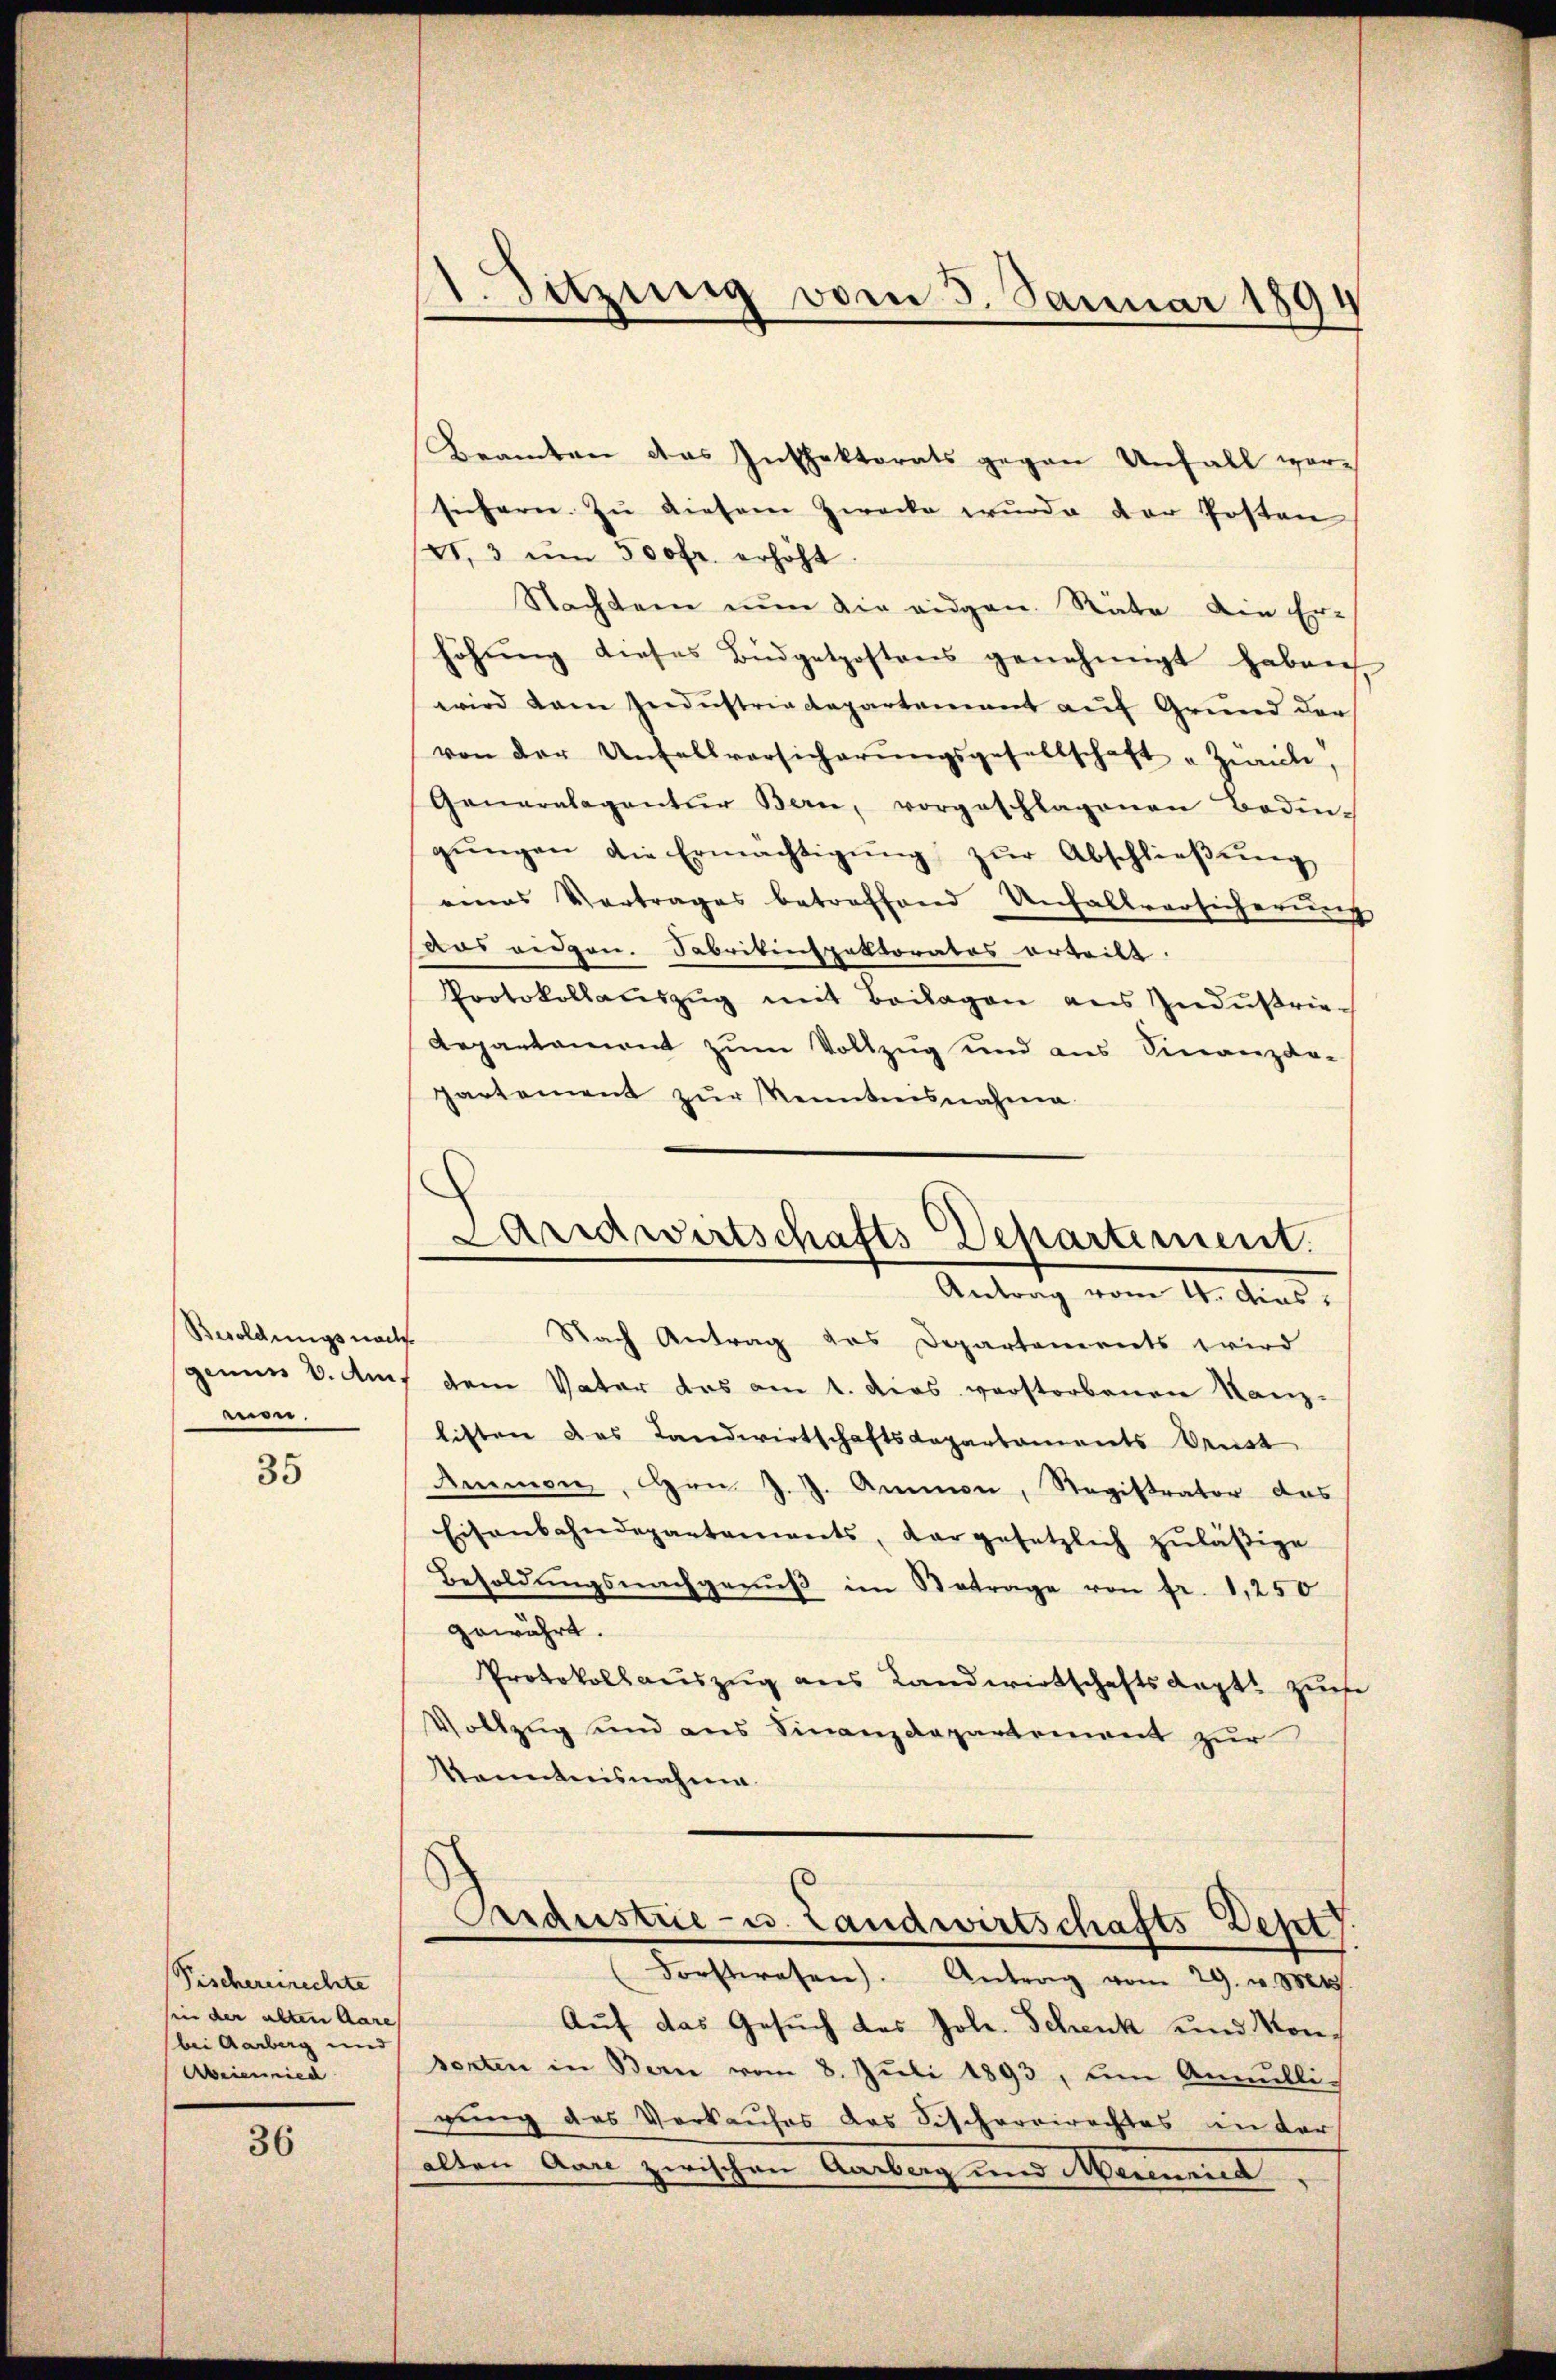
Besoldungsnach
men.

35

Fischereirechte
sin der alten Aare
bei Aarberg und
Abeieied

36

11. Sitzung vom 3. Januar 1894

Beamten das Inspektorats gegen Unfall vorsichern. Zu diesem Zwecke wurde der Posten
VI., 3 ŭm 500fr. erhöht.
Nachten nun die eidgen. Räte die Er-
höhung dieses Büdgetpostens genehmigt haben.
wird dan Jndustriadepartement auf Grund der
von der Unfallversicherŭngsgesellschaft „Zürich,
Generalagentur Bern, vorgeschlagenen Boden
gŭngen die Ermächtigŭng zŭr Abschlieβŭng
eines Vertrages betreffend Unfallversicherung
aas eidgen. Fabrikinspektorates erteilt.
Protokollaŭszŭg mit Beilagen aus Industrie-
Repartament zum Vollzug und aus Finanzda-
partement zŭr Kenntnisnahma
Nach Antrag das Departements wird
sgenen 8. Auf dem Vater das am 1. dies verstorbenen Kanz-
listen das Landwirtschaftsdepartaments denst
Ammen, Hrn. J. J. Ammon, Registrator das
Eisenbahndepartements, dargesetzlich zŭläβige
Besoldŭngsnachgenŭβ im Betrage von fr. 1,250
gewährt.
Protokollauszug aus Landwirtschaftsarzt zufe
Vollzug und aus Finanzdepartement zur
Kenntnisnahme.
Aardustrie - u. Landwirtschafts Dept
Forstwesen). Antrag vom 29. v. Mts.
Auf das Gesuch des Jole. Schenk und Monsenten in Bern vom 8. Juli 1893, um Annullirung das Verkaufes das Fischereirechtes in der
alten Aare zwischen Aarberg und Meienried

Laridwirtschafts-Departement.
Antrag vom 4. dies